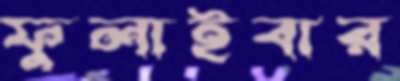
ফুলাইবার